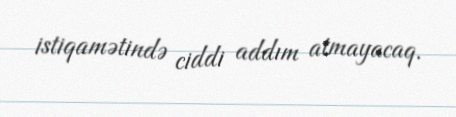
istiqamətində ciddi addım atmayacaq.